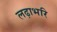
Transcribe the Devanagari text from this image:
लढ़ाभरि